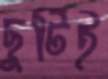
ছুটিই